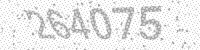
Solution: 264075